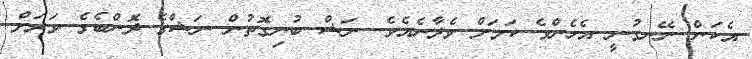
އެކަން ނޭނގުނީ އެހެންވެ ކަމަށް ވެދާނެއެވެ. ނަޝް ބުނިގޮތުން ނަޝްގެ ދޮންބެގެ ވަރަށް